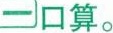
一口算。